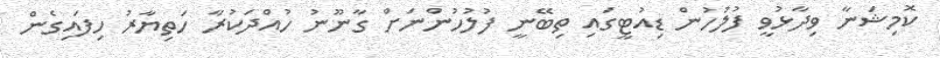
ކޮމިޝަނާ ވިދާޅުވީ ފުލުހުން ޑިއުޓީގައި ތިބޭނީ ފުލުހުންނަށް ގާނޫނު ހުއްދަކުރާ ހަތިޔާރު ހިފައިގެން